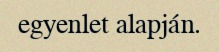
egyenlet alapján.